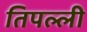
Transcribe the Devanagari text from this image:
तिपल्ली